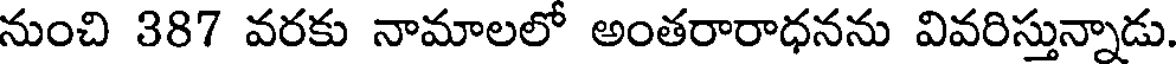
నుంచి 387 వరకు నామాలలో అంతరారాధనను వివరిస్తున్నాడు.